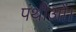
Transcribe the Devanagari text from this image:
पंथीओं।